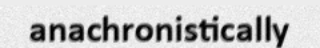
anachronistically